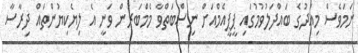
ނަމަވެސް މިއަދުގެ ބައްދަލުވުމުގައި ޕީޕީއެމްއަށް ނިސްބަތްވާ މެމްބަރުން ވަނީ އެ ލިޔެކިޔުންތައް ދިރާސާ